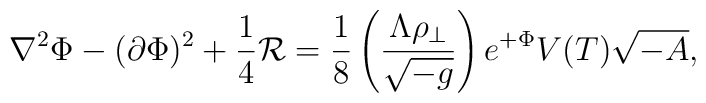
\nabla^{2}\Phi - (\partial\Phi)^{2} + {\frac{1}{4}} {\cal R} ={\frac{1}{8}} \left({\frac{\Lambda\rho_{\perp}}{\sqrt{-g}}}\right)e^{+\Phi}V(T)\sqrt{-A},